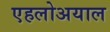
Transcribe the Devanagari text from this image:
एहलोअयाल